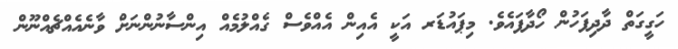
ހަގީގަތް ދާދިފަހުން ހޯދާފައެވެ. މިޕައުޑަރ އަކީ އެއިން އެއްވެސް ގެއްލުމެއް އިންސާނުންނަށް ވާނެއެއްޗެއްނޫން